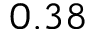
0 . 3 8